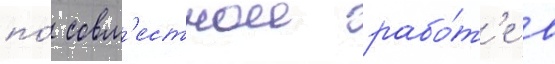
по́ совм'естнои рабо́т'е в